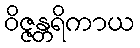
ဝိဇ္ဇန္တရိကာယ